Lunatic asylums Central Provinces reports 1886-1894 - 1886-1894
Year: 1886
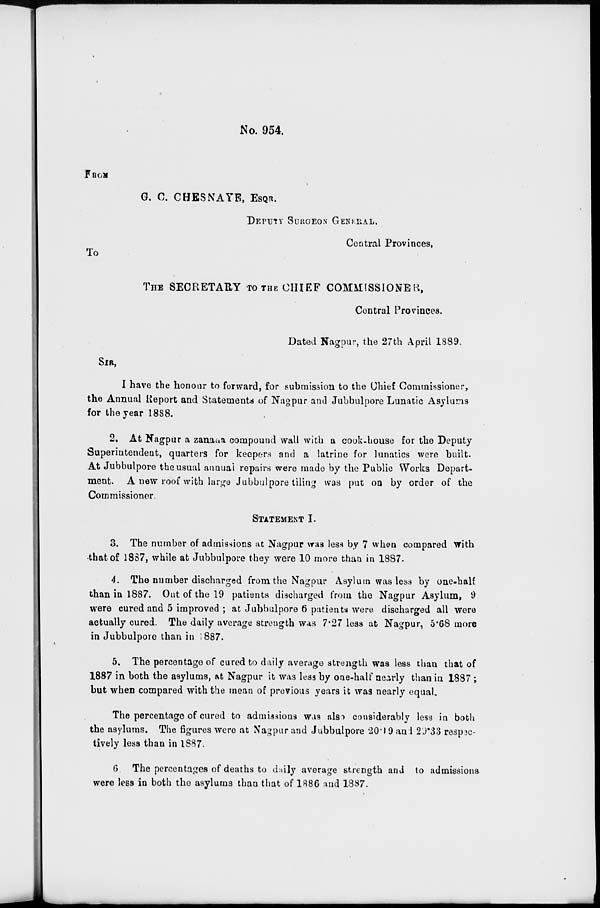
No. 954.
FROM
G. C. CHESNAYE, ESQR.
DEPUTY SURGEON GENERAL.
Central Provinces,
To
THE SECRETARY TO THE CHIEF COMMISSIONER,
Central Provinces.
Dated Nagpur, the 27th April 1889.
SIR ,
I have the honour to forward, for submission to the Chief Commissioner,
the Annual Report and Statements of Nagpur and Jubbulpore Lunatic Asylums
for the year 1888.
2. At Nagpur a zanana compound wall with a cook-house for the Deputy
Superintendent, quarters for keepers and a latrine for lunatics were built.
At Jubbulpore the usual annual repairs were made by the Public Works Depart-
ment. A new roof with large Jubbulpore tiling was put on by order of the
Commissioner.
STATEMENT I.
3. The number of admissions at Nagpur was less by 7 when compared with
that of 1887, while at Jubbulpore they were 10 more than in 1887.
4. The number discharged from the Nagpur Asylum was less by one-half
than in 1887. Out of the 19 patients discharged from the Nagpur Asylum, 9
were cured and 5 improved ; at Jubbulpore 6 patients were discharged all were
actually cured. The daily average strength was 7.27 less at Nagpur, 5.68 more
in Jubbulpore than in 1887.
5. The percentage of cured to daily average strength was less than that of
1887 in both the asylums, at Nagpur it was less by one-half nearly than in 1887 ;
but when compared with the mean of previous years it was nearly equal.
The percentage of cured to admissions was also considerably less in both
the asylums. The figures were at Nagpur and Jubbulpore 20.19 and 29.33 respec-
tively less than in 1887.
6. The percentages of deaths to daily average strength and to admissions
were less in both the asylums than that of 1886 and 1887.